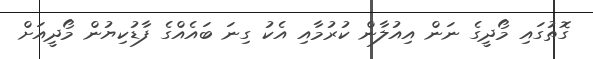
ގޮތުގައި މޯދީގެ ނަން އިއުލާން ކުރުމާއި އެކު ގިނަ ބައެއްގެ ފާޑުކިޔުން މޯދީއަށް